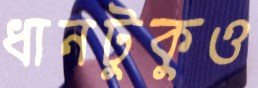
ধানটুকুও